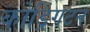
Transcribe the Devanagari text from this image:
कोड्रिंगटन